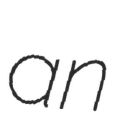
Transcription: an